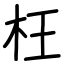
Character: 枉